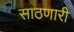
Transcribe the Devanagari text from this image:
साठणारी